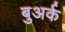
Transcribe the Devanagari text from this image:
बुअर्क